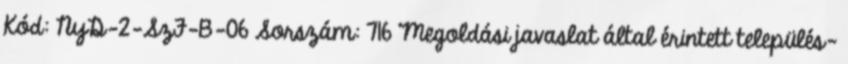
Kód: NyD-2-SzF-B-06 Sorszám: 716 Megoldási javaslat által érintett település-